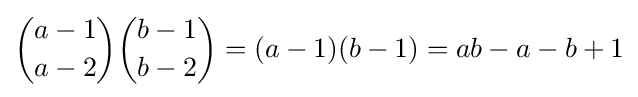
{\binom {a-1}{a-2}}{\binom {b-1}{b-2}}=(a-1)(b-1)=ab-a-b+1